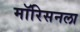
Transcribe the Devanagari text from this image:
मॉरिसनला